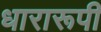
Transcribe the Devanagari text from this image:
धारारूपी